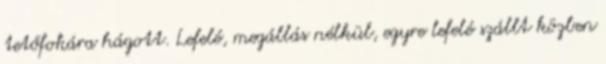
tetőfokára hágott. Lefelé, megállás nélkül, egyre lefelé szállt közben